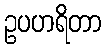
ဥပဟရိတာ